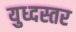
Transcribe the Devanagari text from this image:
युध्दस्तर